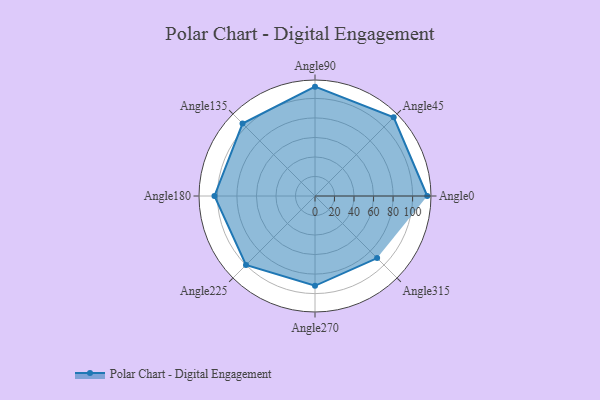
{"axis": {"x": "Angle", "y": "Radius"}, "legend": [""], "data": [{"x": "Angle0", "y": 115.0, "type": ""}, {"x": "Angle45", "y": 114.0, "type": ""}, {"x": "Angle90", "y": 112.0, "type": ""}, {"x": "Angle135", "y": 105.0, "type": ""}, {"x": "Angle180", "y": 103.0, "type": ""}, {"x": "Angle225", "y": 100.0, "type": ""}, {"x": "Angle270", "y": 92.0, "type": ""}, {"x": "Angle315", "y": 90.0, "type": ""}]}